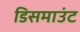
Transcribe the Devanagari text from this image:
डिसमाउंट